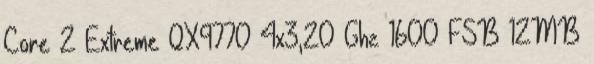
Core 2 Extreme QX9770 4x3,20 Ghz 1600 FSB 12MB